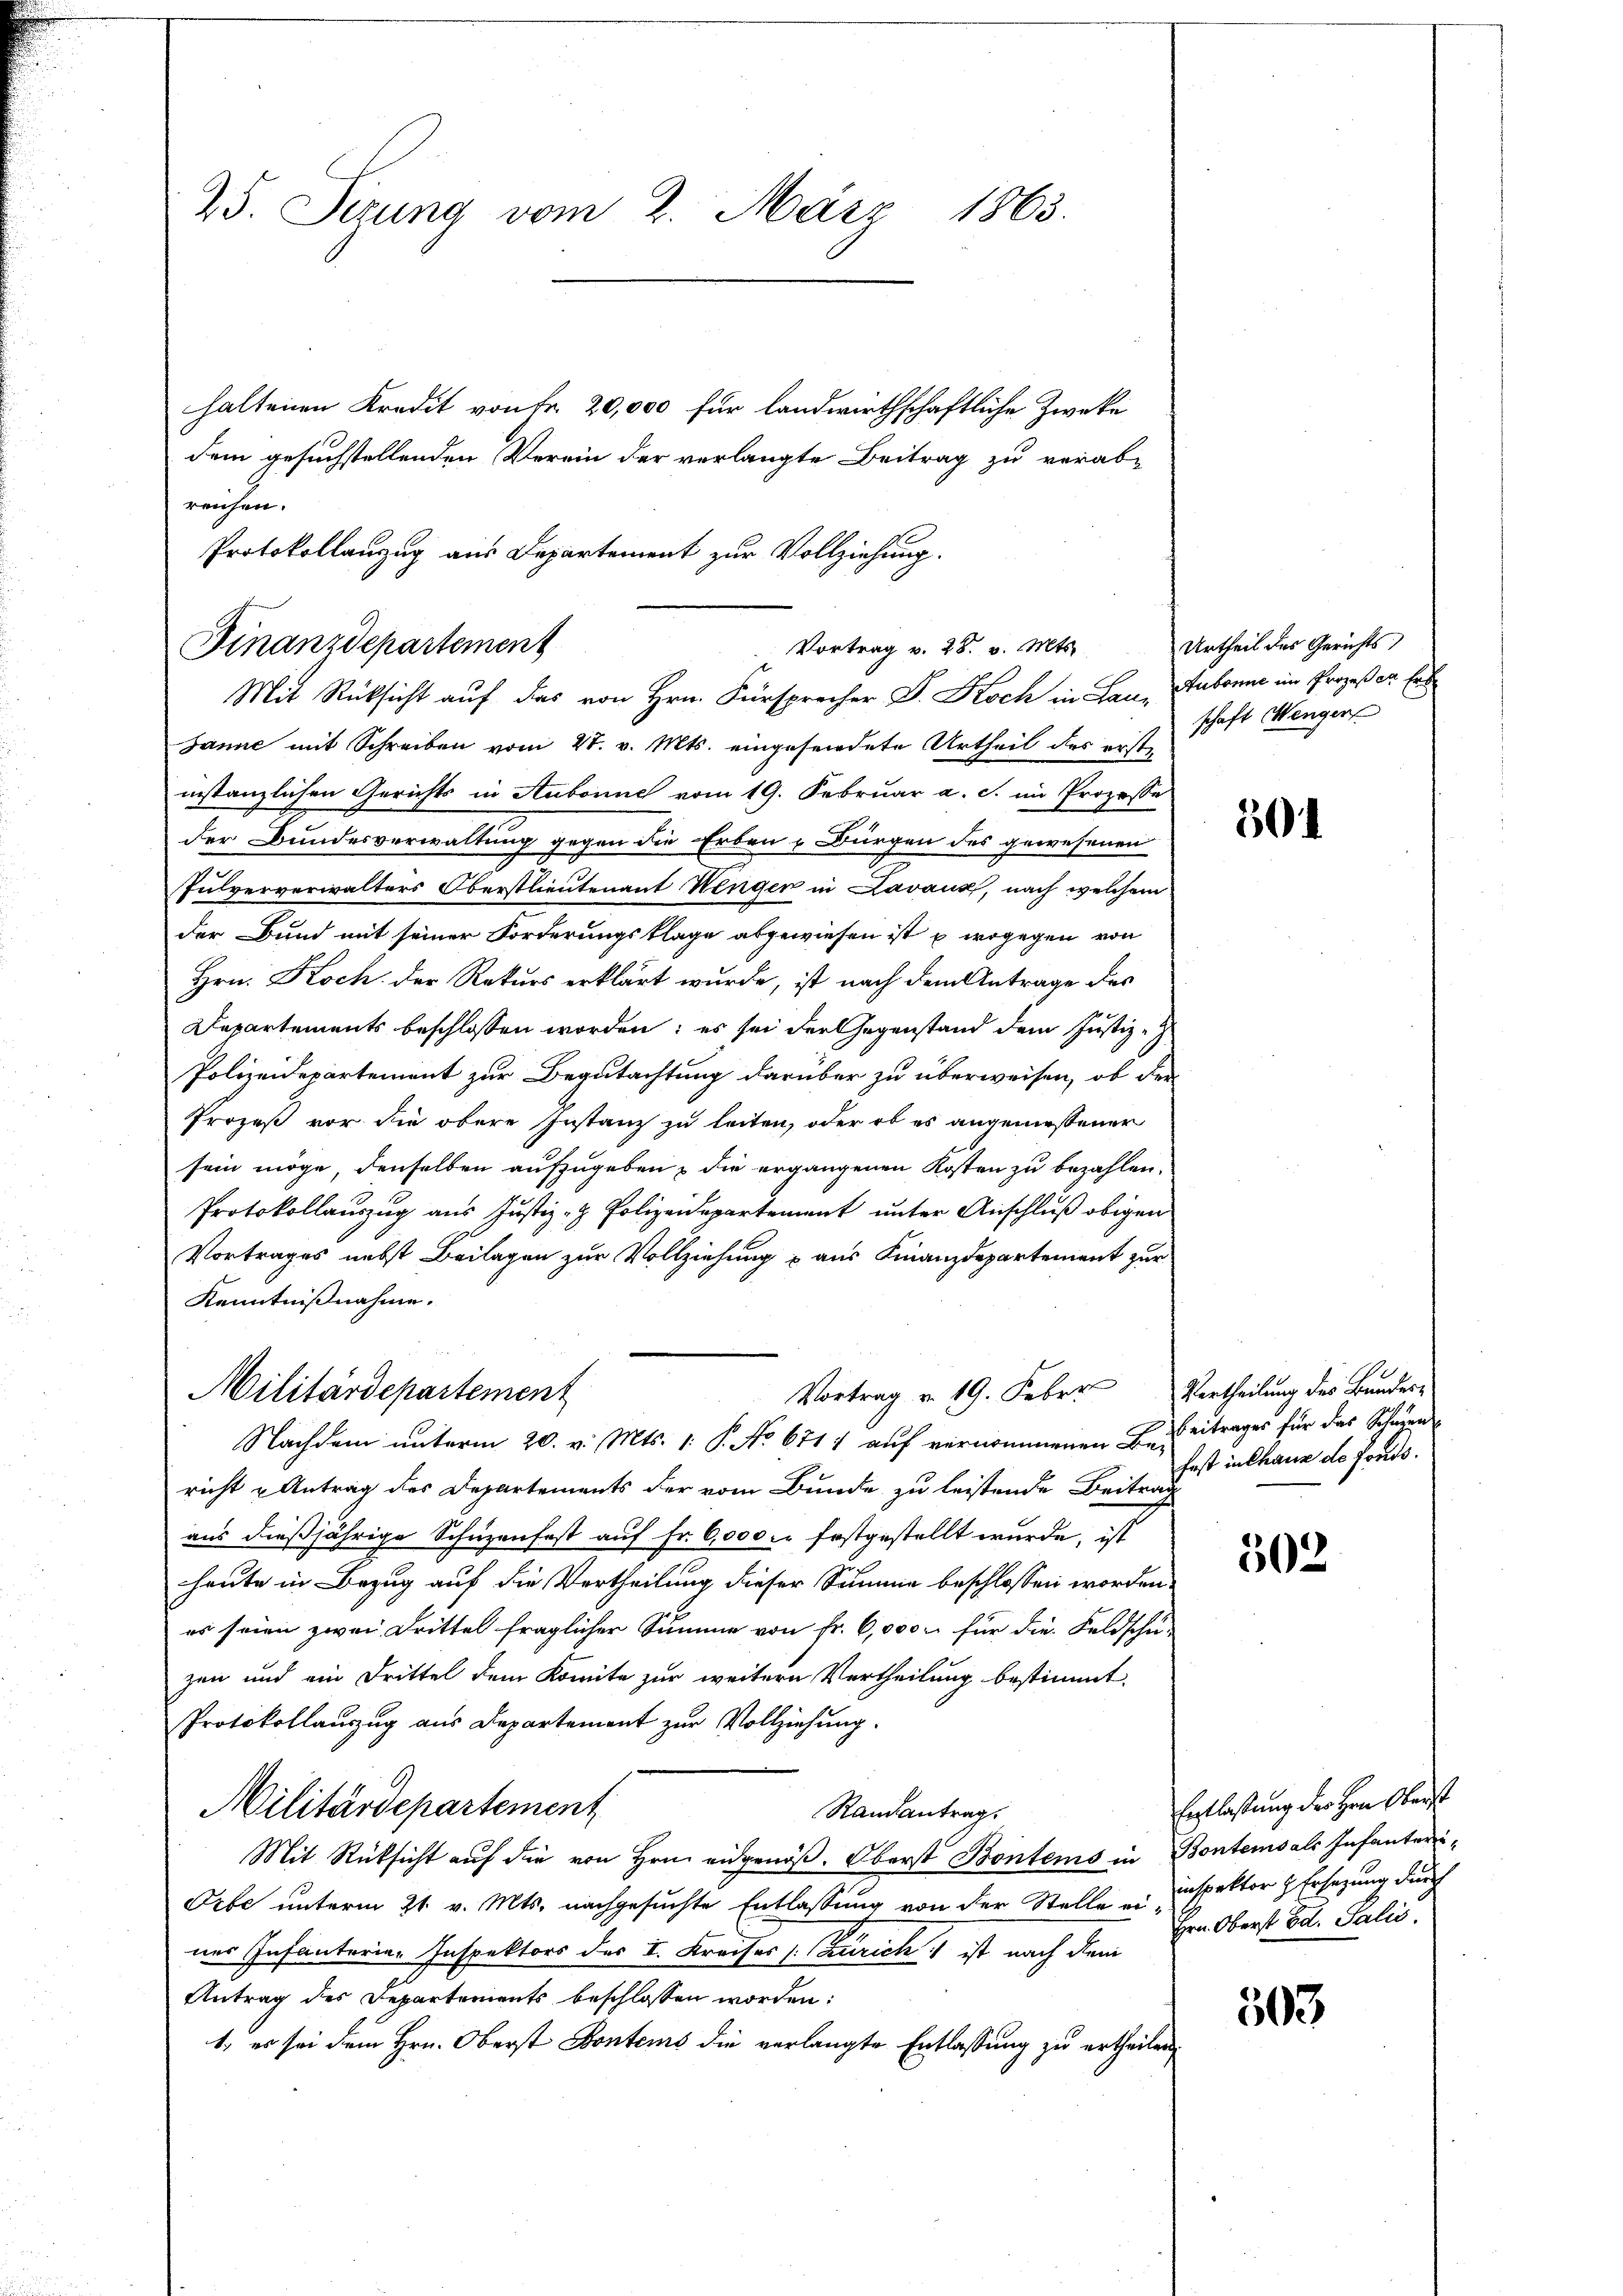
25. Sizung vom 2. März 1863.

Protokollanzug aus Departement zur Vollziehung.
Finanzdepartement
Vortrag v. 28. v. Mts.

haltenen Kredit von Fr. 20,000 für landwirthschaftliche Zwecke
dem gesuchstellenden Verein der verlangte Beitrag zu verab-
reichen.
Mit Rücksicht auf das von Hrn. Fürsprecher D. Koch in Lau, Aubonne im Prozeß er Ert
Janne mit Schreiben vom 4. v. Mts. eingesendete Urtheil des erste
instanzlichen Gerichts in Aubonne vom 19. Februar a. c. im Prozesse
der Bundesverwaltung gegen die Erben & Bürgen des gewesenen
Pulververwalters Oberstlieutenant Wenger in Lavank, nach welchem
der Bund mit seiner Forderungsklage abgewiesen ist u. wogegen von
Hrn. Koch der Rekurs erklärt wurde, ist nach dem Antrage des
Departements beschlossen worden; es sei der Gegenstand dem Justiz-
Polizeidepartement zur Begutachtung darüber zu überweisen, ob der
Prozeß vor die obere Instanz zu leiten, oder ob es angemessener
sein möge, denselben aufzugeben, die ergangenen Kosten zu bezahlen.
Protokollauszug aus Justiz- & Polizeidepartement unter Anschluß obigen
Vortrages nebst Beilagen zur Vollziehung & aus Finanzdepartement zur
Kenntnißnahme.
Vortrag v. 19. Feber
Militärdepartement
Nachdem unterm 20. v. Mts. 1. P. No 671) auf vernommenen Bericht u Antrag des Departements der vom Bunde zu leistende Beitrage
aus dießjährige Schüzenfest auf Fr. 6,000 l. festgestellt wurde, ist
heute in Bezug auf die Vertheilung dieser Summe beschlossen worden.
es seien zwei Drittel fraglicher Summe von fr. 6,000 für die Feldschu-
zen und ein Drittel dem Komite zur weitere Vertheilung bestimmt,
Protokollauszug aus Departement zur Vollziehung.
Militärdepartement
Randantrag
Mit Rücksicht auf die von Hrn. eidgenöß. Oberst Bontems in Bontemsals Infanteri¬
Orbe unterm 21. v. Mts. nachgesuchte Entlassung von der Stelle ei Inspektor & Ersatzung durch
ner Infanteria- Inspektors des I. Kreises (Zürich ist nach dem
Antrag des Departements beschlossen worden:
1., es sei dem Hrn. Oberst Kontens die verlangte Entlassung zu ertheilen,

Urtheil des Gerichts
schaft Wenger

504

Vertheilung des Bunder¬
Beitrages für das Schnen
fast in Chaux de fonds.

502

Entlassung der Hrn. Oberst
Hrn. Oberst od. Talić.

503